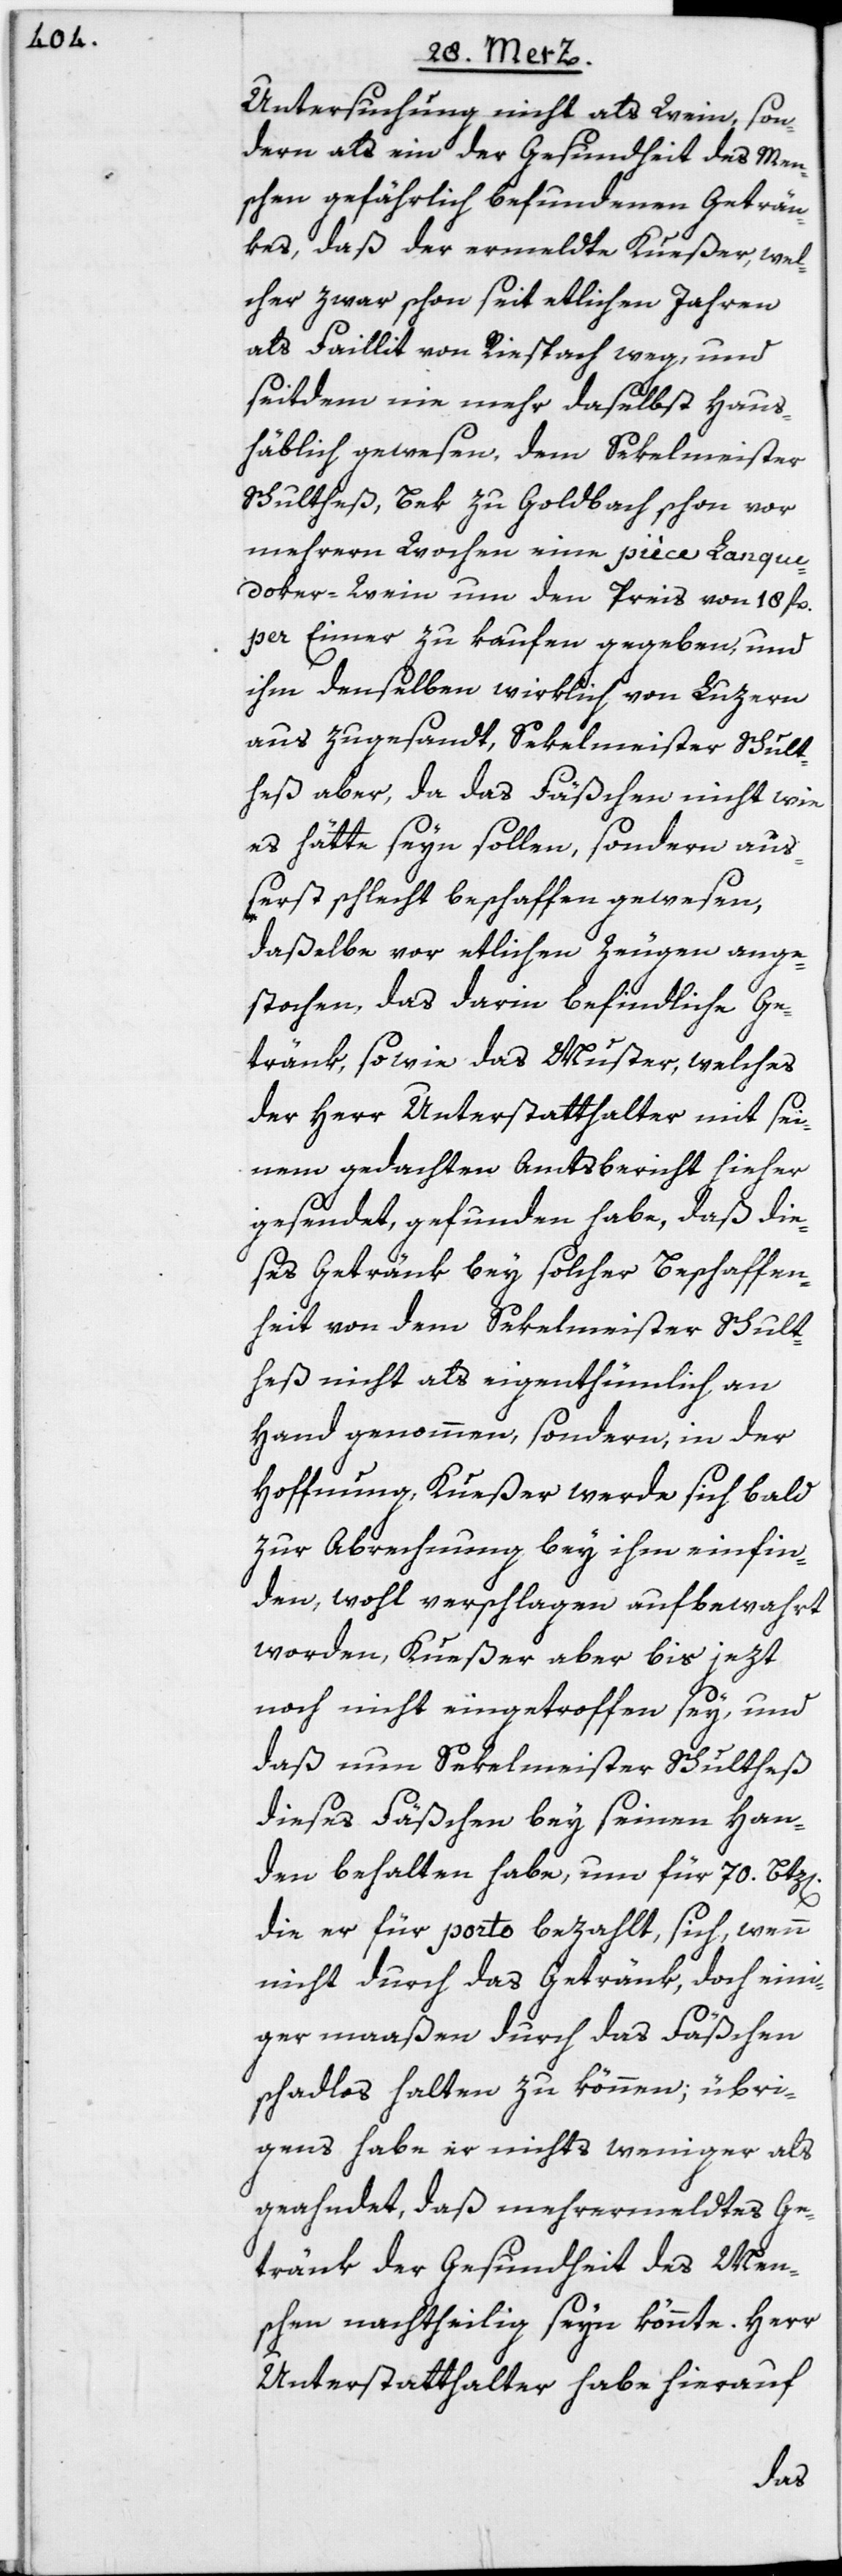
Untersuchung nicht als Wein, son¬
dern als ein der Gesundheit des Men¬
schen gefährlich befundenen Geträn¬
kes, daß der ermeldte Kueßer, wel¬
cher zwar schon seit etlichen Jahren
als Faillit von Riespach weg, und
seitdem nie mehr daselbst Haus¬
häblich gewesen, dem Sekelmeister
Schultheß, Bek zu Goldbach schon vor
mehrern Wochen eine pièçe Lanque¬
doker-Wein um den Preis von 18 fl.
per Eimer zu kaufen gegeben, und
ihm denselben wirklich von Luzern
aus zugesandt, Sekelmeister Schult¬
heß aber, da das Fäßchen nicht wie
es hätte seyn sollen, sondern auß¬
erst schlecht beschaffen gewesen,
daßelbe vor etlichen Zeugen ange¬
stochen, das darin befindliche Ge¬
tränk, sowie das Muster, welches
der Herr Unterstatthalter mit sei¬
nem gedachten Amtsbericht hiehier
gesendet, gefunden habe, daß die¬
ses Getränk bey solcher Beschaffen¬
heit von dem Sekelmeister Schult¬
heß nicht als eigenthümlich an
Hand genommen, sondern, in der
Hoffnung, Kueßer werde sich bald
zur Abrechnung bey ihm einfin¬
den, wohl verschlagen aufbewahrt
worden, Kueßer aber bis jezt
noch nicht eingetroffen sey, und
daß nun Sekelmeister Schultheß
dieses Fäßchen bey seinen Han¬
den behalten habe, um für 70. Btz[en].
die er für porto bezahlt, sich, wenn
nicht durch das Getränk, doch eini¬
ger maaßen durch das Fäßchen
schadlos halten zu können; übri¬
gens habe er nichts weniger als
geahndet, daß mehrermeldtes Ge¬
tränk der Gesundheit des Men¬
schen nachtheilig seyn könnte. Herr
Unterstatthalter habe hierauf